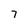
Character: 7